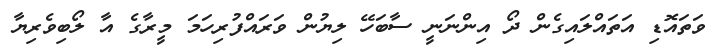
ވަތައޮޑި އަތައްލައިގެން ދޯ އިންނަނީ ސާބަހޭ ލިޔުން ވަރައްފުރިހަމަ މީރާގެ އާ ލޯބިވެރިޔާ